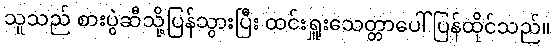
သူသည် စားပွဲဆီသို့ပြန်သွားပြီး ထင်းရှူးသေတ္တာပေါ် ပြန်ထိုင်သည်။